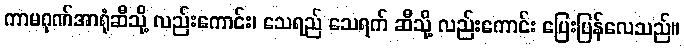
ကာမဂုဏ်အာရုံဆီသို့ လည်းကောင်း၊ သေရည် သေရက် ဆီသို့ လည်းကောင်း ပြေးပြန်လေသည်။